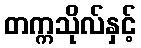
တက္ကသိုလ်နှင့်